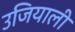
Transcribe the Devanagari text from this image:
उजियाली